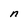
Character: n